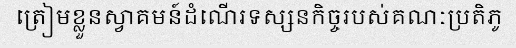
ត្រៀមខ្លួនស្វាគមន៍ដំណើរទស្សនកិច្ចរបស់គណៈប្រតិភូ